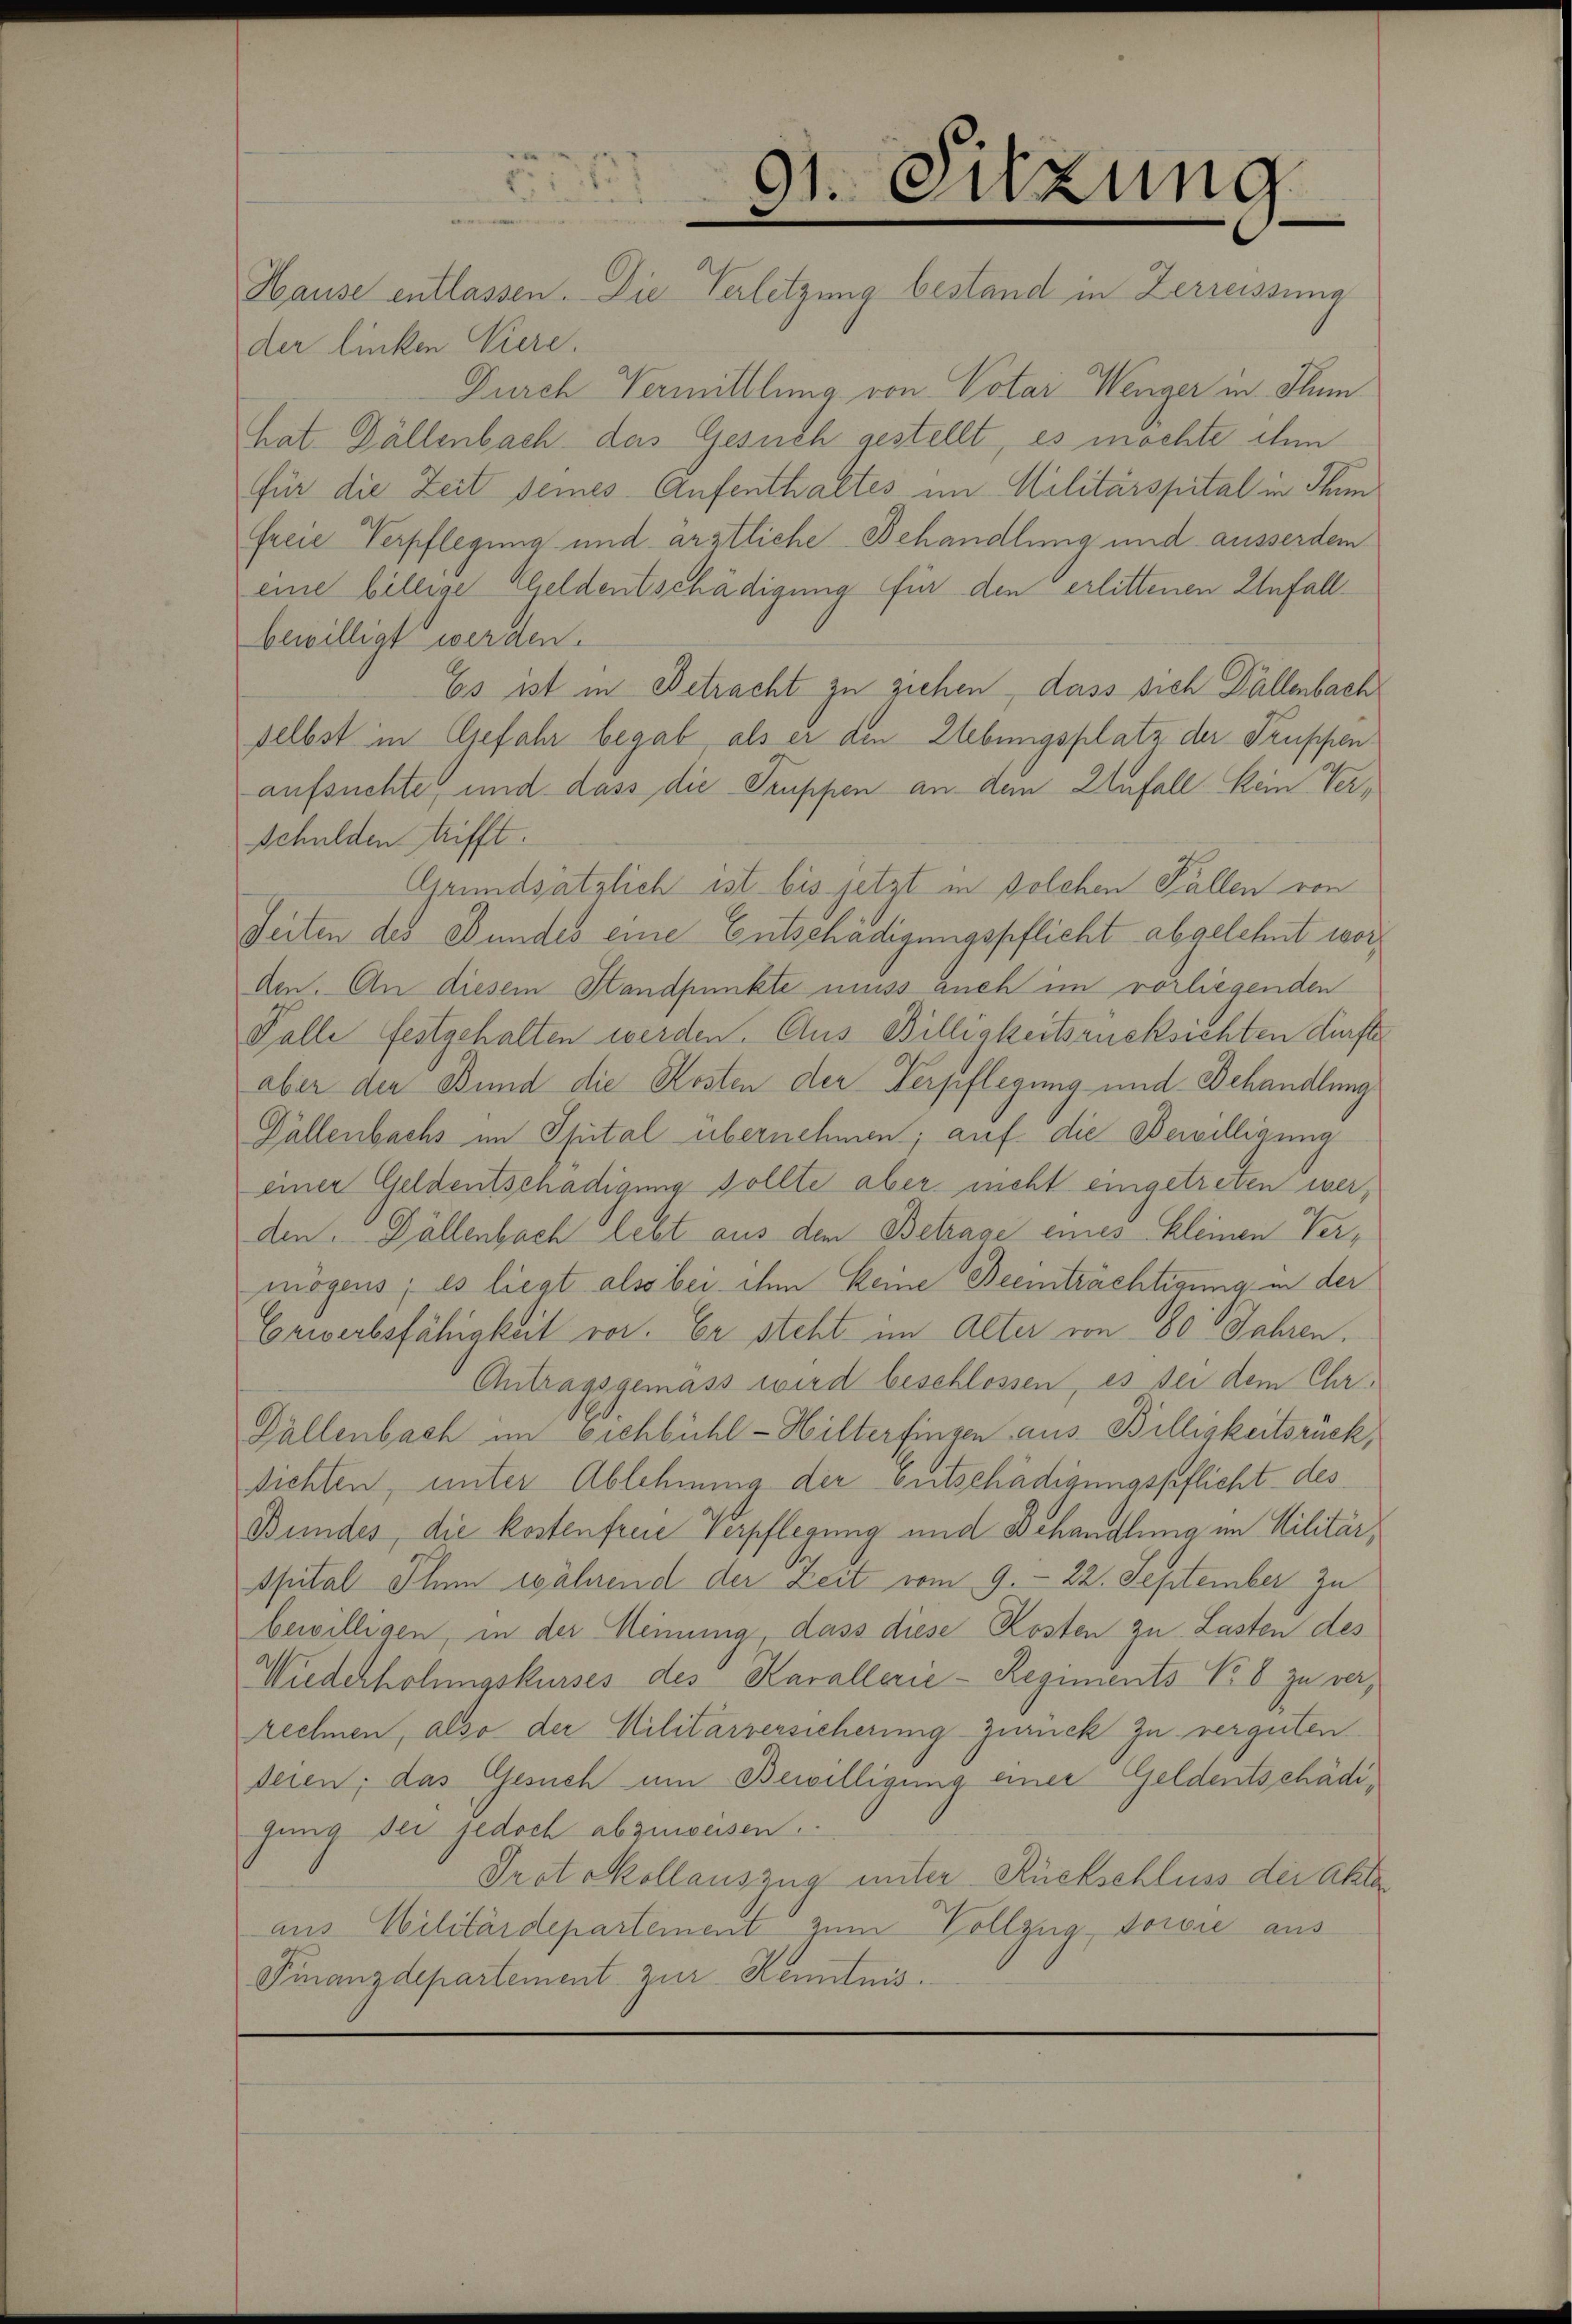
Hause entlassen. Die Verletzung bestand in Zerreissima
der linken Viere.
Durch Vermittlung von Votar Wenger in Flum
hat. Gallenbach das Gesuch gestellt, es möchte ihm
für die Zeit seines Aufenthaltes im Militärspital in Thun
freie Verpflegung und ärztliche Behandlung und ausserdem
eine billige Geldentschädigung für den erlittenen Unfall
bewilligt werden.
Es ist in Betracht zu ziehen, dass sich Dällenbach
selbst in Gefahr begab, als er den Elebungsplatz der Truppen
aufsuchte, und dass die Truppen an dem Unfall kein Verschulden trifft.
Grundsätzlich ist bis jetzt in solchen Fällen von
Seiten des Bundes eine Entschädigungspflicht abgelehnt worden. An diesem Standpunkte muss auch im vorliegenden
Falle festgehalten werden. Aus Billigkeitsrücksichten dürfte
aber den Bund die Kosten der Verpflegung und Behandlung
Dällenbachs im Spital übernehmen; auf die Bewilligung
einer Geldentschädigung sollte aber nicht eingetreten werden. Döllenbach lebt aus dem Betrage eines kleinen Vermögens, es liegt also bei ihm keine Beeinträchtigung in der
Erwerbsfähigkeit vor. Er steht im Alter von 30 Jahren.
Antragsgemäss wird beschlossen, es sei dem Ehr¬
Dällenbach im Eichbühl - Hilterfingen aus Billigkeitsrück,
sichten, unter Ablehnung der Entschädigungspflicht des
Bundes, die kostenfreie Verpflegung und Behandlung im Militär¬
Apital Ihm während der Zeit vom 9. 22. September zu
bewilligen, in der Meinung, dass diese Kosten zu Lasten des
Wiederholungskurses des Karallerie-Regiments No 8 zu verrechnen, also der Militärversicherung zurück zu verguten
deren; das Gesuch um Bewilligung einer Geldentschädigung sei jedoch abzuweisen.
Protokollauszug unter Rückschluss der Akte
aus Militärdepartement zum Vollzug, dorie aus
Finanzdepartement zur Kenntnis.

.
u
v. Enzung